画像に写った文字を読んでください
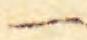
「一」と書いてあります